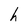
Character: h